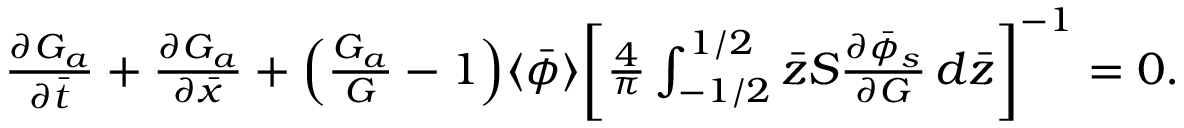
\begin{array} { r } { \frac { \partial G _ { a } } { \partial \bar { t } } + \frac { \partial G _ { a } } { \partial \bar { x } } + \Bigl ( \frac { G _ { a } } { G } - 1 \Bigr ) \langle \bar { \phi } \rangle \biggl [ \frac { 4 } { \pi } \int _ { - 1 / 2 } ^ { 1 / 2 } \bar { z } S \frac { \partial \bar { \phi } _ { s } } { \partial G } \, d \bar { z } \biggr ] ^ { - 1 } = 0 . } \end{array}